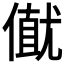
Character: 𠎟